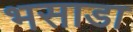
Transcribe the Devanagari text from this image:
भसाडा